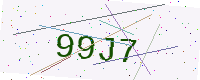
Text: 99J7